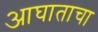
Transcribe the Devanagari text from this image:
आघाताचा